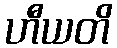
ဟီယတိ